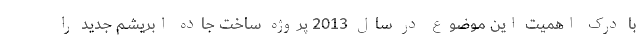
با درک اهمیت این موضوع در سال 2013 پروژه ساخت جاده ابریشم جدید را